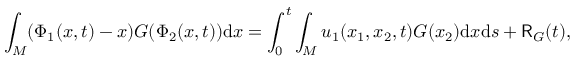
\int _ { M } ( \Phi _ { 1 } ( x , t ) - x ) G ( \Phi _ { 2 } ( x , t ) ) \mathrm { d } x = \int _ { 0 } ^ { t } \int _ { M } u _ { 1 } ( x _ { 1 } , x _ { 2 } , t ) G ( x _ { 2 } ) \mathrm { d } x \mathrm { d } s + \mathsf { R } _ { G } ( t ) ,